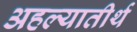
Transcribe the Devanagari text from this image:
अहल्यातीर्थ